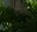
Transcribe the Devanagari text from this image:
पौलीनेशियन